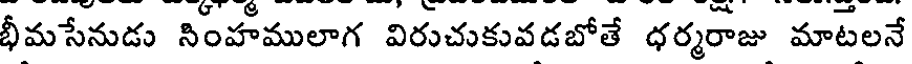
భీమసేనుడు నింహములాగ విరుచుకువడబోతే ధర్మరాజు మాటలనే